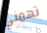
تهمني